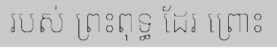
របស់ ព្រះពុទ្ធ ដែរ ព្រោះ